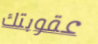
عقوبتك